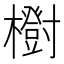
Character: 𣟑